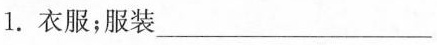
1.衣服；服装____